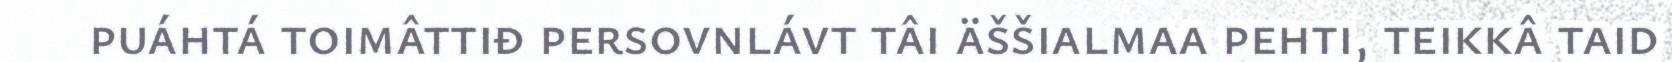
puáhtá toimâttiđ persovnlávt tâi äššialmaa pehti, teikkâ taid